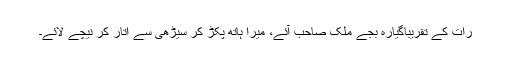
رات کے تقریباًگیارہ بجے ملک صاحب آئے، میرا ہاتھ پکڑ کر سیڑھی سے اتار کر نیچے لائے۔